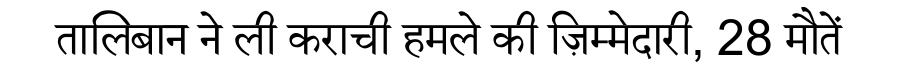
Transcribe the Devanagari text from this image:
तालिबान ने ली कराची हमले की ज़िम्मेदारी, 28 मौतें